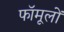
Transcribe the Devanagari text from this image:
फॉमूलों